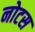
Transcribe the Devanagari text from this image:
नोटस